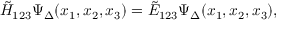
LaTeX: \tilde { H } _ { 1 2 3 } \Psi _ { \Delta } ( x _ { 1 } , x _ { 2 } , x _ { 3 } ) = \tilde { E } _ { 1 2 3 } \Psi _ { \Delta } ( x _ { 1 } , x _ { 2 } , x _ { 3 } ) ,